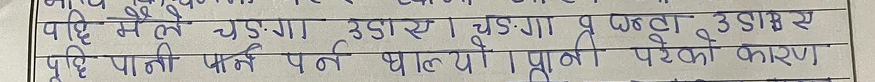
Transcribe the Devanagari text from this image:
पाहिनँले चडःगा उडार्न चडःगा व फल्न उठाए
पुष्टि पाती फर्न पर्ने भाल्यो। प्राणी परेको कारण